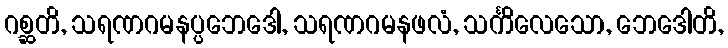
ဂစ္ဆတိ, သရဏဂမနပ္ပဘေဒေါ, သရဏဂမနဖလံ, သင်္ကိလေသော, ဘေဒေါတိ,